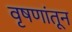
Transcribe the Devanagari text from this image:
वृषणांतून